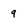
Character: 9